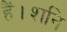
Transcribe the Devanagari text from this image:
हैं।शनि